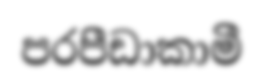
පරපීඩාකාමී